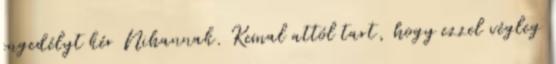
engedélyt kér Nihannak. Kemal attól tart, hogy ezzel végleg